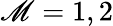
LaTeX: \mathscr{M}=1,2